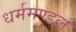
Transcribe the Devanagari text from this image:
धर्ममण्डल